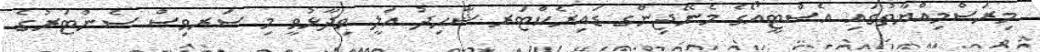
މިރަސްމިއްޔާތުގައި އެސްޓީއޯގެ މެނޭޖިންގ ޑައިރެކްޓަރ ޝާހިދު އަލީ ވިދާޅުވީ މި ސަރވިސް ސެންޓަރުގެ